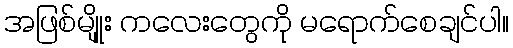
အဖြစ်မျိုုး ကလေးတွေကို မရောက်စေချင်ပါ။